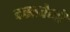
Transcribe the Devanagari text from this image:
दस्तवेजों